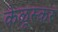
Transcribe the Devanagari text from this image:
केळूस्कर